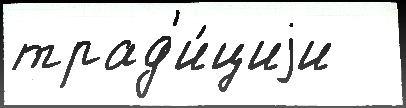
трад'и́циjи